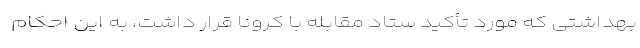
بهداشتی که مورد تأکید ستاد مقابله با کرونا قرار داشت، به این احکام